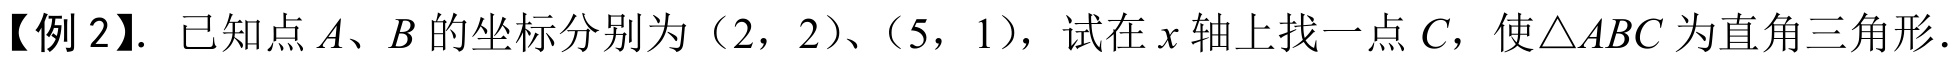
【例 2】. 已知点\(A、B\)的坐标分别为（2，2）、（5，1），试在\(x\)轴上找一点\(C\)，使\(\triangle ABC\)为直角三角形．